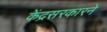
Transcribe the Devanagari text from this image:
केंद्रसरकारने